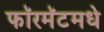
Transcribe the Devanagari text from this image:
फॉरमॅटमधे